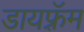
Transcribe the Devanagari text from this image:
डायफ़्रॅम